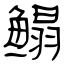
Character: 鳎